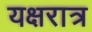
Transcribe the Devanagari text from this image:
यक्षरात्र